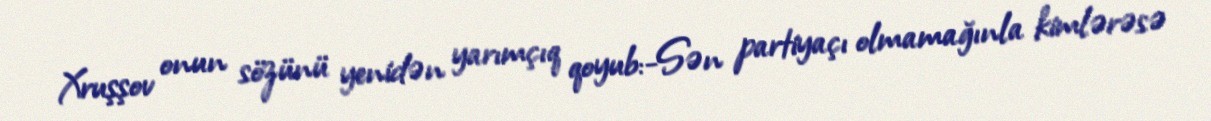
Xruşşov onun sözünü yenidən yarımçıq qoyub:-Sən partiyaçı olmamağınla kimlərəsə